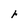
Character: r